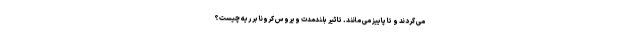
می گردند و تا پاییز می مانند. تاثیر بلندمدت ویروس کرونا بر ریه چیست؟